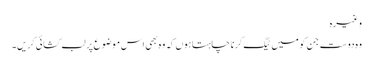
وغیرہ
وہ دوست جن کو میں ٹیگ کرنا چاہتا ہوں کہ وہ بھی اس موضوع پر لب کشائی کریں۔